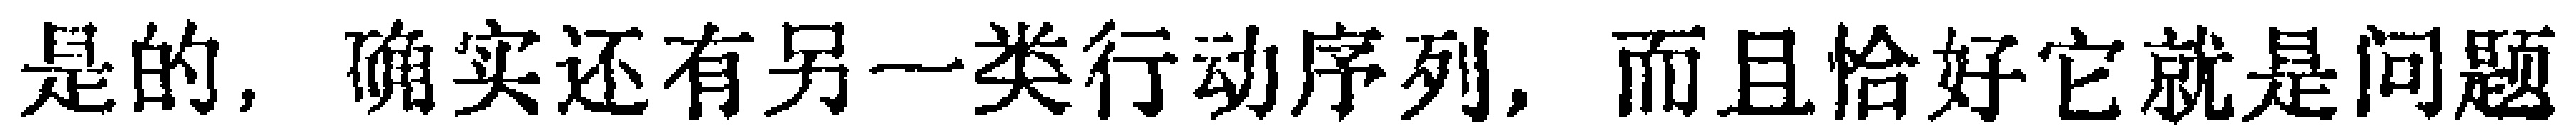
是的，确实还有另一类行动序列，而且恰好它就是问题